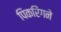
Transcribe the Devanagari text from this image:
पिकरिंगने